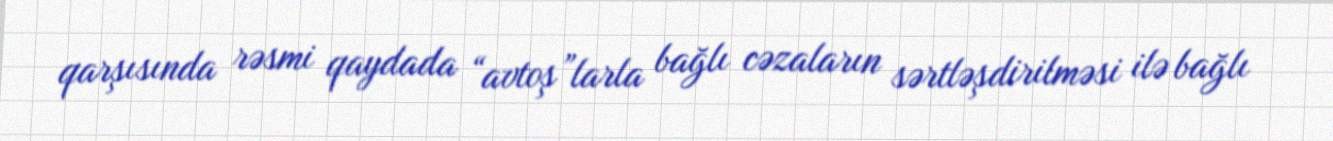
qarşısında rəsmi qaydada “avtoş”larla bağlı cəzaların sərtləşdirilməsi ilə bağlı